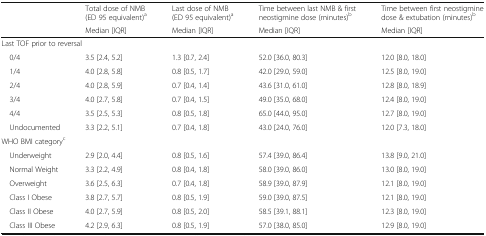
<table><thead><tr><td rowspan="2"></td><td><b>Total dose of NMB (ED 95 equivalent)<sup>a</sup></b></td><td><b>Last dose of NMB (ED 95 equivalent)<sup>a</sup></b></td><td><b>Time between last NMB &amp; first neostigmine dose (minutes)<sup>b</sup></b></td><td><b>Time between first neostigmine dose &amp; extubation (minutes)<sup>b</sup></b></td></tr><tr><td><b>Median [IQR]</b></td><td><b>Median [IQR]</b></td><td><b>Median [IQR]</b></td><td><b>Median [IQR]</b></td></tr></thead><tbody><tr><td colspan="5">Last TOF prior to reversal</td></tr><tr><td> 0/4</td><td>3.5 [2.4, 5.2]</td><td>1.3 [0.7, 2.4]</td><td>52.0 [36.0, 80.3]</td><td>12.0 [8.0, 18.0]</td></tr><tr><td> 1/4</td><td>4.0 [2.8, 5.8]</td><td>0.8 [0.5, 1.7]</td><td>42.0 [29.0, 59.0]</td><td>12.5 [8.0, 19.0]</td></tr><tr><td> 2/4</td><td>4.0 [2.8, 5.9]</td><td>0.7 [0.4, 1.4]</td><td>43.6 [31.0, 61.0]</td><td>12.8 [8.0, 18.9]</td></tr><tr><td> 3/4</td><td>4.0 [2.7, 5.8]</td><td>0.7 [0.4, 1.5]</td><td>49.0 [35.0, 68.0]</td><td>12.4 [8.0, 19.0]</td></tr><tr><td> 4/4</td><td>3.5 [2.5, 5.3]</td><td>0.8 [0.5, 1.8]</td><td>65.0 [44.0, 95.0]</td><td>12.7 [8.0, 19.0]</td></tr><tr><td> Undocumented</td><td>3.3 [2.2, 5.1]</td><td>0.7 [0.4, 1.8]</td><td>43.0 [24.0, 76.0]</td><td>12.0 [7.3, 18.0]</td></tr><tr><td colspan="5">WHO BMI category<sup>c</sup></td></tr><tr><td> Underweight</td><td>2.9 [2.0, 4.4]</td><td>0.8 [0.5, 1.6]</td><td>57.4 [39.0, 86.4]</td><td>13.8 [9.0, 21.0]</td></tr><tr><td> Normal Weight</td><td>3.3 [2.2, 4.9]</td><td>0.8 [0.4, 1.8]</td><td>58.0 [39.0, 86.0]</td><td>13.0 [8.0, 19.0]</td></tr><tr><td> Overweight</td><td>3.6 [2.5, 6.3]</td><td>0.7 [0.4, 1.8]</td><td>58.9 [39.0, 87.9]</td><td>12.1 [8.0, 19.0]</td></tr><tr><td> Class I Obese</td><td>3.8 [2.7, 5.7]</td><td>0.8 [0.5, 1.9]</td><td>59.0 [39.0, 87.5]</td><td>12.1 [8.0, 19.0]</td></tr><tr><td> Class II Obese</td><td>4.0 [2.7, 5.9]</td><td>0.8 [0.5, 2.0]</td><td>58.5 [39.1, 88.1]</td><td>12.3 [8.0, 19.0]</td></tr><tr><td> Class III Obese</td><td>4.2 [2.9, 6.3]</td><td>0.8 [0.5, 1.9]</td><td>57.0 [38.0, 85.0]</td><td>12.9 [8.0, 19.0]</td></tr></tbody></table>